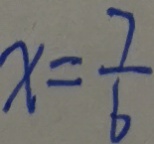
x = \frac { 7 } { 6 }